Indian journal of veterinary science and animal husbandry - Volume 10,
Year: 1940
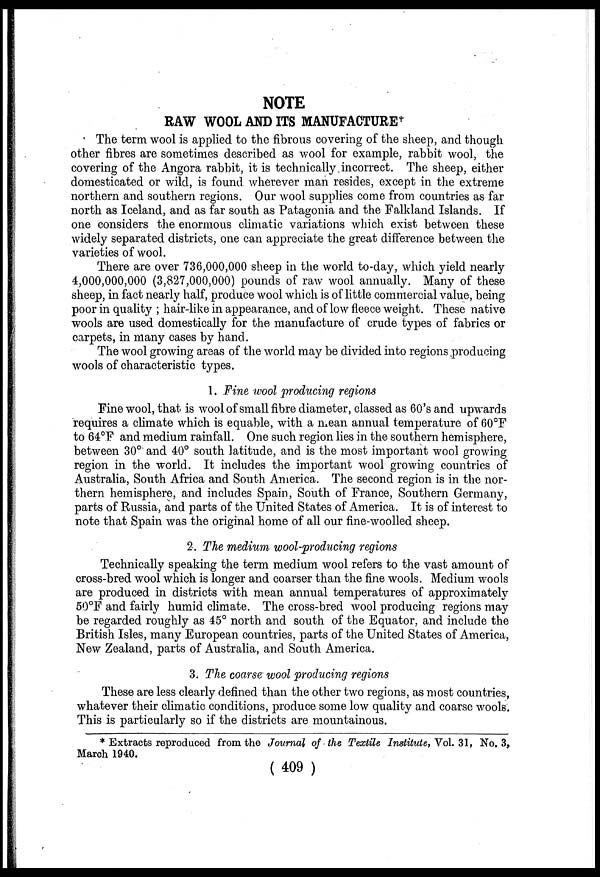
NOTE
RAW WOOL AND ITS MANUFACTURE †
The term wool is applied to the fibrous covering of the sheep, and though
other fibres are sometimes described as wool for example, rabbit wool, the
covering of the Angora rabbit, it is technically incorrect. The sheep, either
domesticated or wild, is found wherever man resides, except in the extreme
northern and southern regions. Our wool supplies come from countries as far
north as Iceland, and as far south as Patagonia and the Falkland Islands. If
one considers the enormous climatic variations which exist between these
widely separated districts, one can appreciate the great difference between the
varieties of wool.
There are over 736,000,000 sheep in the world to-day, which yield nearly
4,000,000,000 (3,827,000,000) pounds of raw wool annually. Many of these
sheep, in fact nearly half, produce wool which is of little commercial value, being
poor in quality ; hair-like in appearance, and of low fleece weight. These native
wools are used domestically for the manufacture of crude types of fabrics or
carpets, in many cases by hand.
The wool growing areas of the world may be divided into regions producing
wools of characteristic types.
1. Fine wool producing regions
Fine wool, that is wool of small fibre diameter, classed as 60's and upwards
requires a climate which is equable, with a mean annual temperature of 60°F
to 64°F and medium rainfall. One such region lies in the southern hemisphere,
between 30° and 40° south latitude, and is the most important wool growing
region in the world. It includes the important wool growing countries of
Australia, South Africa and South America. The second region is in the nor-
thern hemisphere, and includes Spain, South of France, Southern Germany,
parts of Russia, and parts of the United States of America. It is of interest to
note that Spain was the original home of all our fine-woolled sheep.
2. The medium wool-producing regions
Technically speaking the term medium wool refers to the vast amount of
cross-bred wool which is longer and coarser than the fine wools. Medium wools
are produced in districts with mean annual temperatures of approximately
50°F and fairly humid climate. The cross-bred wool producing regions may
be regarded roughly as 45° north and south of the Equator, and include the
British Isles, many European countries, parts of the United States of America,
New Zealand, parts of Australia, and South America.
3. The coarse wool producing regions
These are less clearly defined than the other two regions, as most countries,
whatever their climatic conditions, produce some low quality and coarse wools.
This is particularly so if the districts are mountainous.
* Extracts reproduced from the Journal of the Textile Institute, Vol. 31, No. 3,
March 1940.
( 409 )